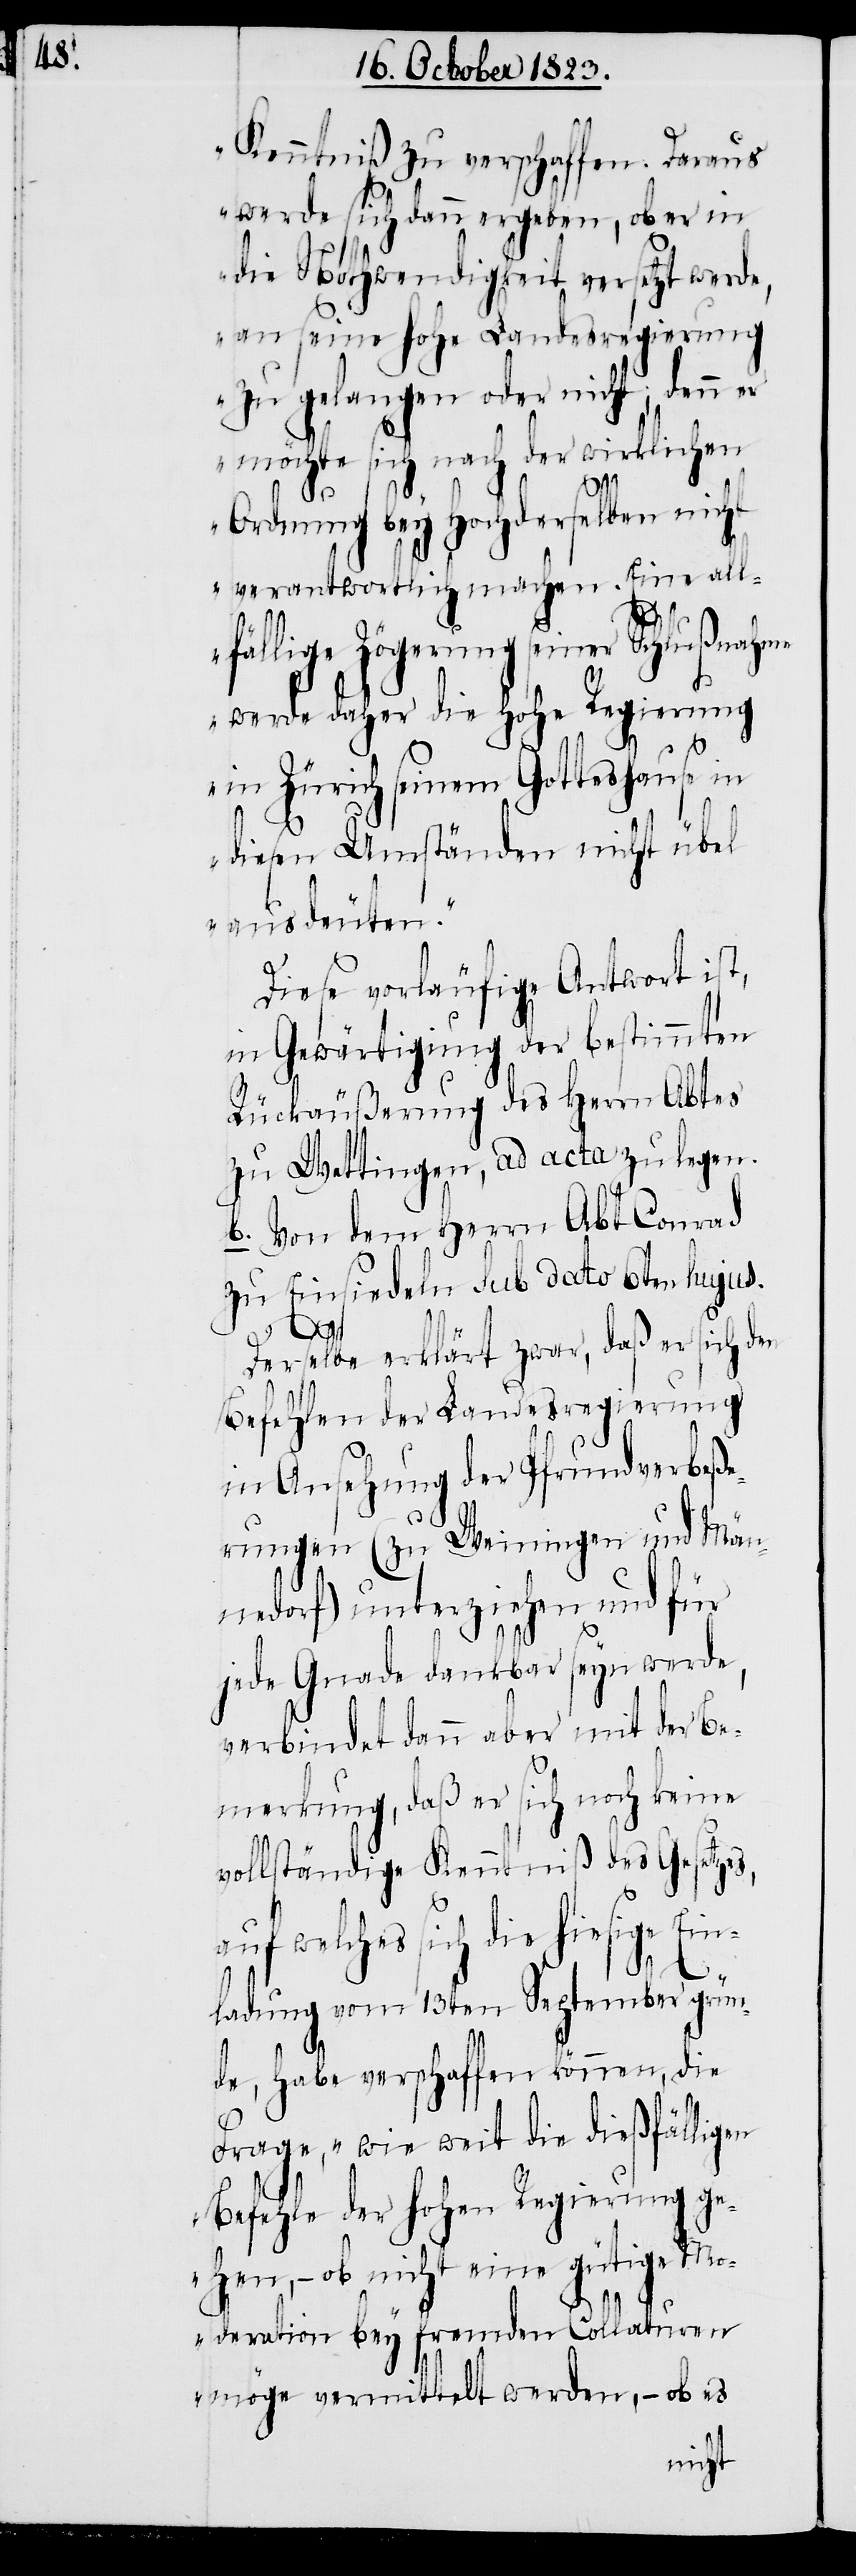
Kenntniß zu verschaffen. Daraus
werde sich dann ergeben, ob er in
die Nothwendigkeit versetzt werde,
an seine hohe Landesregierung
zu gelangen oder nicht; denn er
möchte sich nach der wirklichen
Ordnung bey Hochderselben nicht
verantwortlich machen. Eine all¬
fällige Zögerung seiner Schlußnahme
werde daher die hohe Regierung
in Zürich seinem Gotteshause in
diesen Umständen nicht übel
ausdeuten.“
Diese vorläufige Antwort ist,
in Gewärtigung der bestimmten
Rückäußerung des Herrn Abtes
zu Wettingen, ad acta zu legen.
b. Von dem Herrn Abt Conrad
zu Einsiedeln sub dato 6ten hujus.
Ein¬
Derselbe erklärt zwar, daß er sich den
Befehlen der Landesregierung
in Ansehung der Pfrundverbeße¬
rungen (zu Weiningen und Män¬
nedorf) unterziehen und für
jede Gnade dankbar seyn werde,
verbindet dann aber mit der Be¬
merkung, daß er sich noch keine
vollständige Kenntniß des Gesetzes,
welches sich die hiesige
ladung vom 13ten September grün¬
de, habe verschaffen können, die
Frage, „wie weit die dießfälligen
Befehle der hohen Regierung ge¬
hen, − ob nicht eine gütige Mo¬
deration bey fremden Collaturen
möge vermittelt werden, − ob es